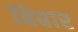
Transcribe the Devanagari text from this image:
बिबार